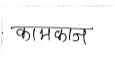
मजकूर: कामकाज